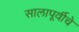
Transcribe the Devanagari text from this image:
सालापूर्वीचे